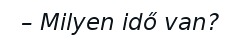
– Milyen idő van?